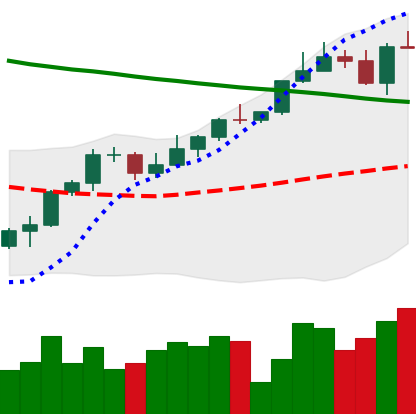
Ticker: ETH-USD
Chart end date: 2022-04-02
Forward return: -6.148%
Label: down_5_7